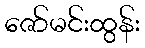
ဇော်မင်းထွန်း